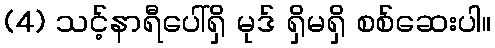
(4) သင့်နာရီပေါ်ရှိ မုဒ် ရှိမရှိ စစ်ဆေးပါ။